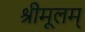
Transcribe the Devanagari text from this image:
श्रीमूलम्